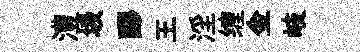
澧圾醪王淫缠金岐